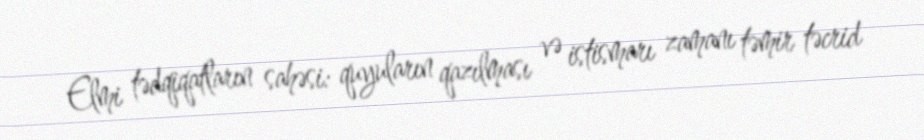
Elmi tədqiqatların sahəsi: quyuların qazılması və istismarı zamanı təmir təcrid